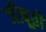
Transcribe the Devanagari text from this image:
जीबूती